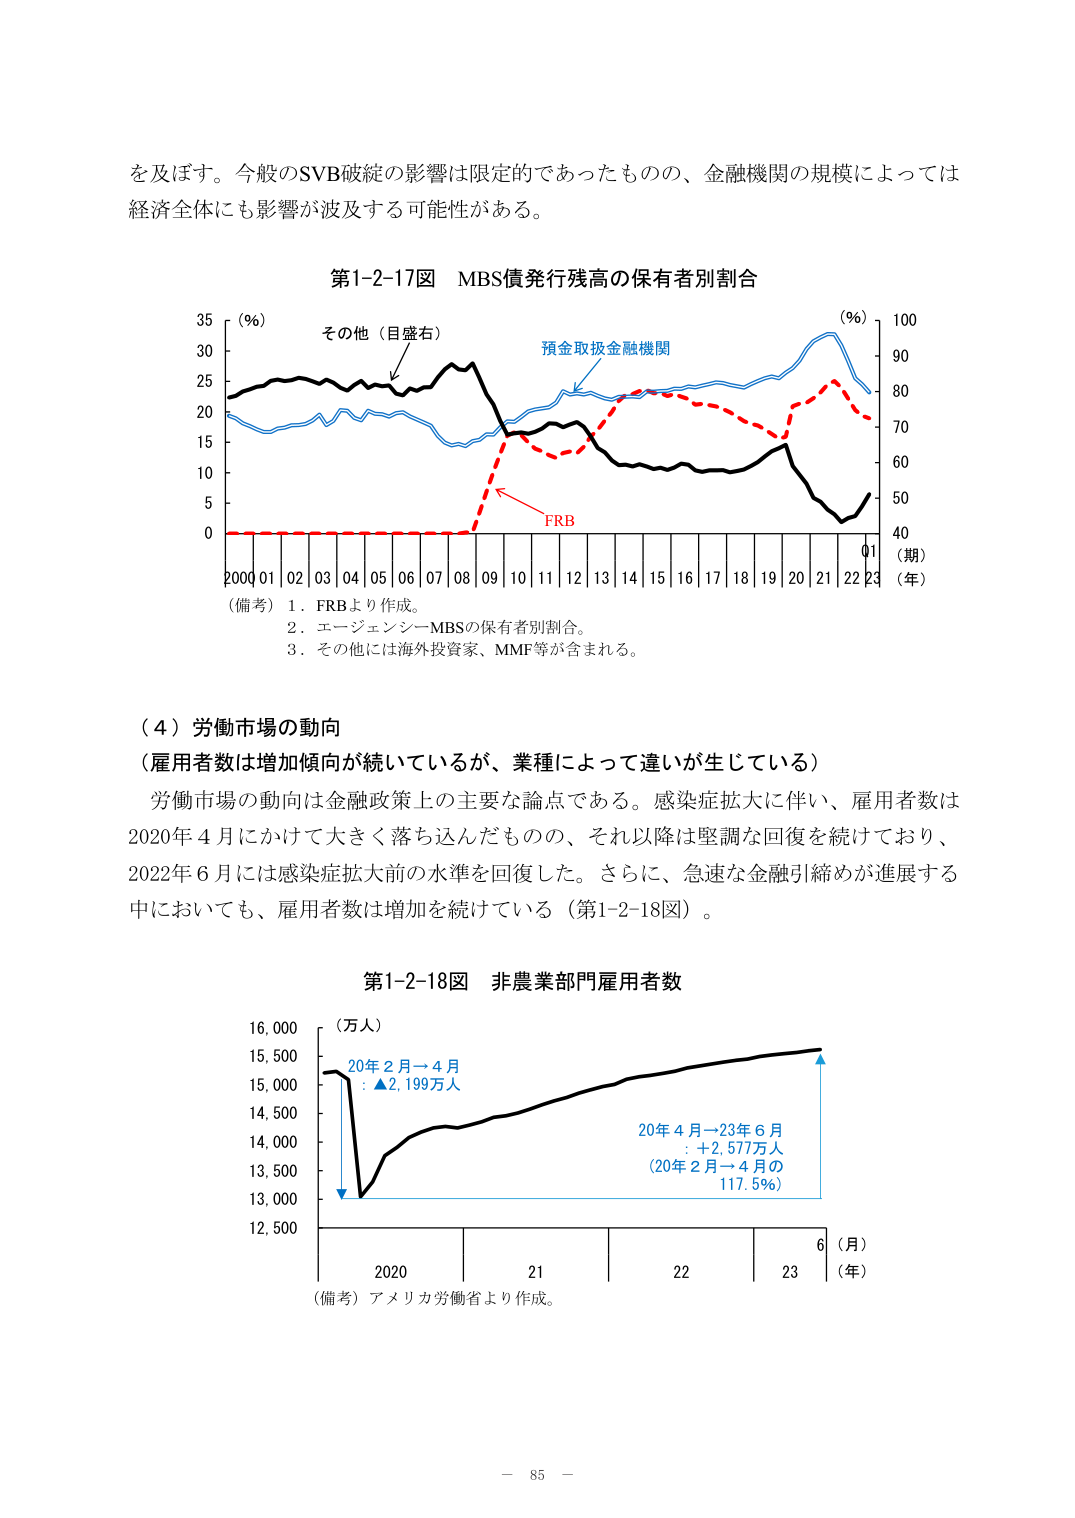
を及ぼす。今般のSVB破綻の影響は限定的であったものの、金融機関の規模によっては経済全体にも影響が波及する可能性がある。

第1-2-17図 MBS債発行残高の保有者別割合

（％）
その他（目盛右）
預金取扱金融機関
FRB
（期）
（年）
2000 01 02 03 04 05 06 07 08 09 10 11 12 13 14 15 16 17 18 19 20 21 22 23

（備考）1．FRBより作成。
　　　2．エージェンシーMBSの保有者別割合。
　　　3．その他には海外投資家、MMF等が含まれる。

（４）労働市場の動向
（雇用者数は増加傾向が続いているが、業種によって違いが生じている）

労働市場の動向は金融政策上の主要な論点である。感染症拡大に伴い、雇用者数は2020年4月にかけて大きく落ち込んだものの、それ以降は堅調な回復を続けており、2022年6月には感染症拡大前の水準を回復した。さらに、急速な金融引締めが進展する中においても、雇用者数は増加を続けている（第1-2-18図）。

第1-2-18図 非農業部門雇用者数

（万人）
20年2月→4月
：▲2,199万人
20年4月→23年6月
：+2,577万人
（20年2月→4月の
117.5％）

（月）
（年）
2020 21 22 23

（備考）アメリカ労働省より作成。

－ 85 －